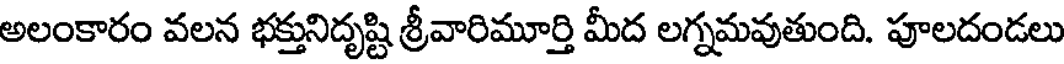
అలంకారం వలన భక్తునిదృష్టి శ్రీవారిమూర్తి మీద లగ్నమవుతుంది. పూలదండలు